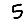
Digit: 5